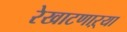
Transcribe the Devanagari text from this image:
रेखाटणाऱ्या